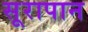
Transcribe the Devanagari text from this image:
सूरापान